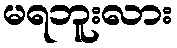
မရဘူးလား